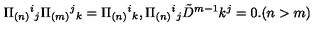
\Pi _ { ( n ) } { } ^ { i } { } _ { j } \Pi _ { ( m ) } { } ^ { j } { } _ { k } = \Pi _ { ( n ) } { } ^ { i } { } _ { k } , \Pi _ { ( n ) } { } ^ { i } { } _ { j } \tilde { D } ^ { m - 1 } k ^ { j } = 0 . ( n > m )